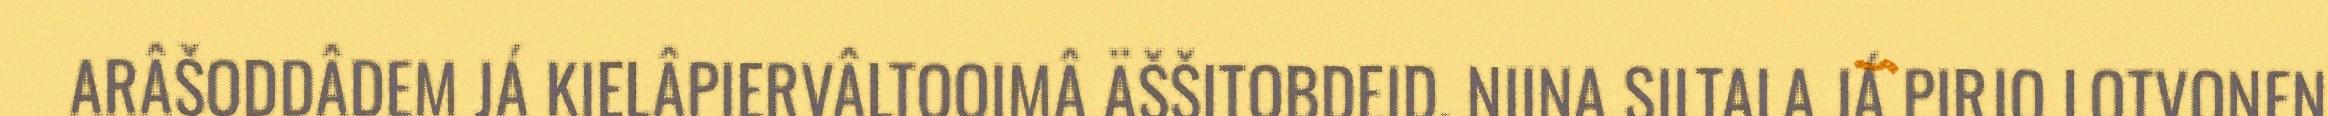
ARÂŠODDÂDEM JÁ KIELÂPIERVÂLTOOIMÂ ÄŠŠITOBDEID. NIINA SILTALA JÁ PIRJO LOTVONEN